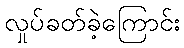
လှုပ်ခတ်ခဲ့ကြောင်း